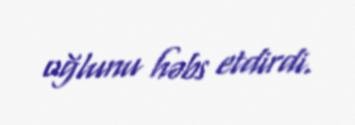
oğlunu həbs etdirdi.